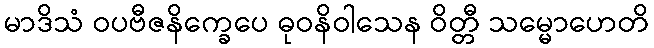
မာဒိသံ ဝပဗီဇနိက္ခေပေ ဓုဝနိဝါသေန ဝိတ္တီ သမ္မောဟေတိ